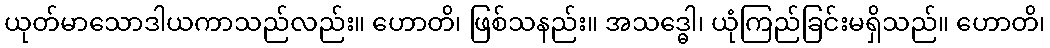
ယုတ်မာသောဒါယကာသည်လည်း။ ဟောတိ၊ ဖြစ်သနည်း။ အသဒ္ဓေါ၊ ယုံကြည်ခြင်းမရှိသည်။ ဟောတိ၊